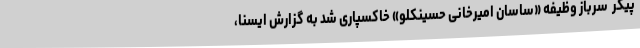
پیکر  سرباز وظیفه «ساسان امیرخانی حسینکلو» خاکسپاری شد به گزارش ایسنا،